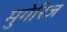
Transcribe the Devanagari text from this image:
मुगेरिज